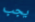
يجب